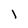
Character: l